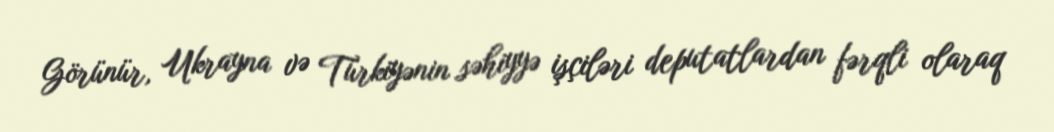
Görünür, Ukrayna və Türkiyənin səhiyyə işçiləri deputatlardan fərqli olaraq